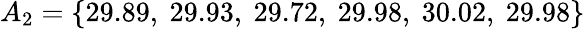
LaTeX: A_{2}=\{ 29.89,\ 29.93,\ 29.72,\ 29.98,\ 30.02,\ 29.98\}